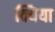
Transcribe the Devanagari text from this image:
क्यिया